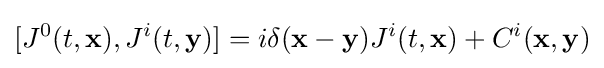
[J^{0}(t,\mathbf {x} ),J^{i}(t,\mathbf {y} )]=i\delta (\mathbf {x} -\mathbf {y} )J^{i}(t,\mathbf {x} )+C^{i}(\mathbf {x} ,\mathbf {y} )